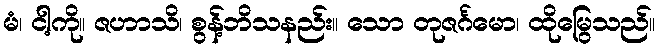
မံ၊ ငါ့ကို။ ဇဟာသိ၊ စွန့်ဘိသနည်း။ သော တုဇင်္ဂမော၊ ထိုမြွေသည်။